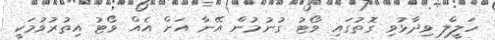
ހަލީލް ވިދާޅުވި ގޮތުގައި ވޯޓު ގުނުމުން އޭނާ އަށް އެއް ވޯޓު އިތުރުވުމަކީ